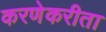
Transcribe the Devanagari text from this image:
करणेकरीता